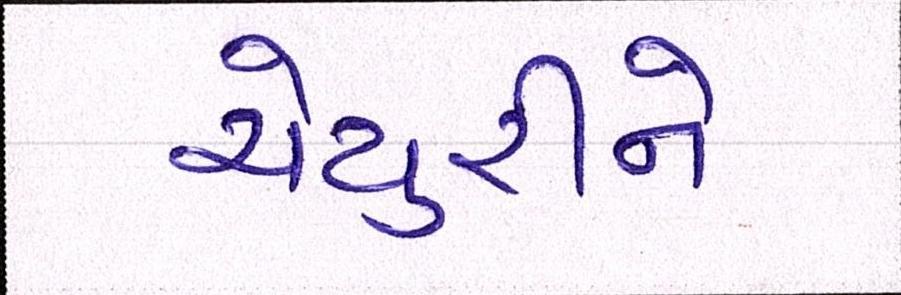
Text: યેચુરીને